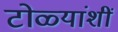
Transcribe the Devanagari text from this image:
टोळ्यांशीं